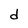
Character: d